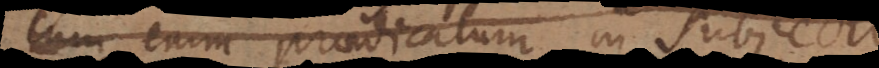
cum enim praedicatum in subjecto,